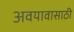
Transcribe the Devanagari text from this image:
अवयावासाठी